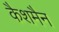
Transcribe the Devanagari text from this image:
कैशमैन